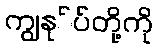
ကျွနု်ပ်တို့ကို